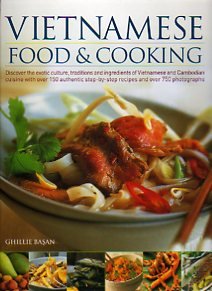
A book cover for Vietnamese Food & Cooking: Discover the exotic culture, traditions and ingredients of Vietnamese and Cambodian cuisine with over 150-authentic step-by-step recipes and over 750 photographs; Ghillie Basan; Cookbooks, Food & Wine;